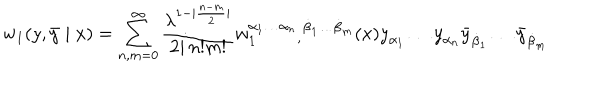
w _ { 1 } ( { y } , { \bar { y } } \mid x ) = \sum _ { n , m = 0 } ^ { \infty } \frac { \lambda ^ { 1 - | \frac { n - m } { 2 } | } } { 2 i \, n ! m ! } w _ { 1 } ^ { \alpha _ { 1 } \ldots \alpha _ { n } } { } _ { , } { } ^ { \dot { \beta } _ { 1 } \ldots \dot { \beta } _ { m } } ( x ) { y } _ { \alpha _ { 1 } } \ldots { y } _ { \alpha _ { n } } { \bar { y } } _ { \dot { \beta } _ { 1 } } \ldots { \bar { y } } _ { \dot { \beta } _ { m } } \,